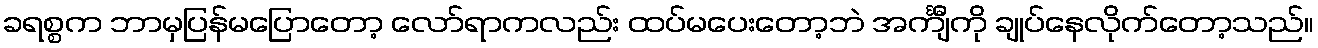
ခရစ္စက ဘာမှပြန်မပြောတော့ လော်ရာကလည်း ထပ်မပေးတော့ဘဲ အင်္ကျီကို ချုပ်နေလိုက်တော့သည်။